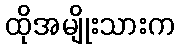
ထိုအမျိုးသားက